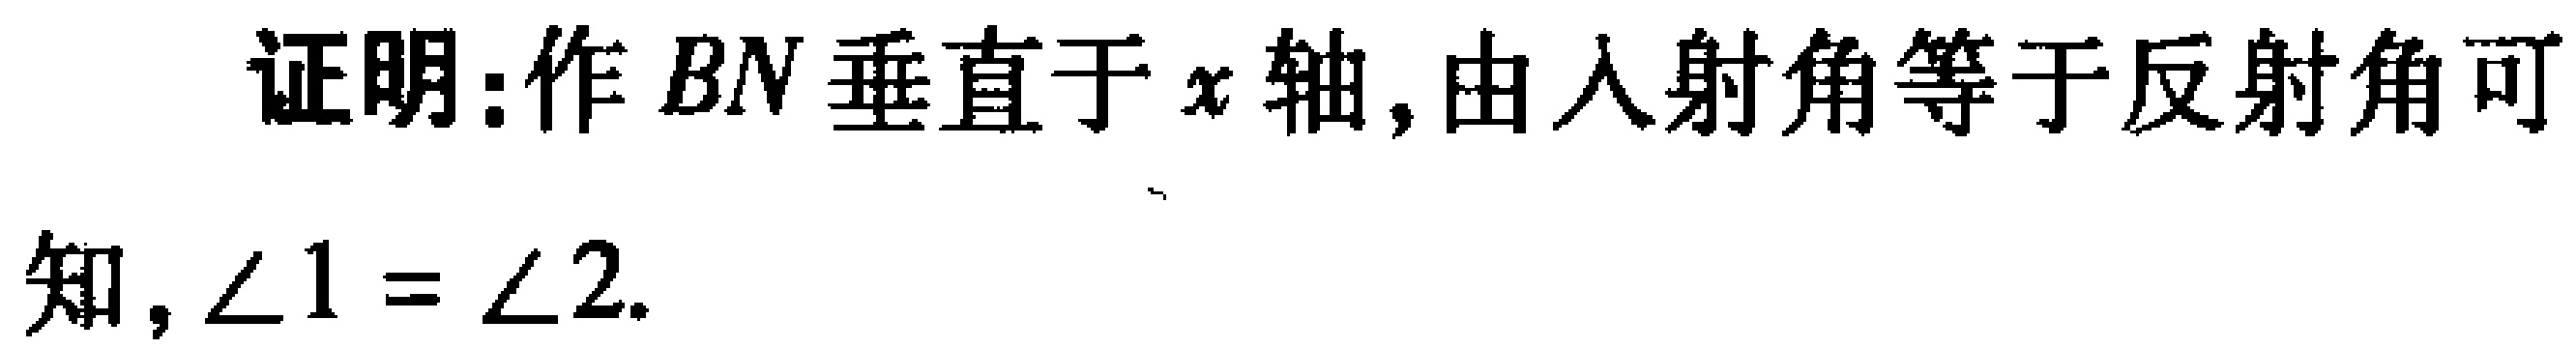
证明:作 \(BN\) 垂直于 \(x\) 轴,由入射角等于反射角可
知, \(\angle 1 = \angle 2\).